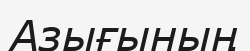
Азығының